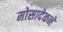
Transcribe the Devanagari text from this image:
मोसादेकने